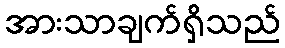
အားသာချက်ရှိသည်